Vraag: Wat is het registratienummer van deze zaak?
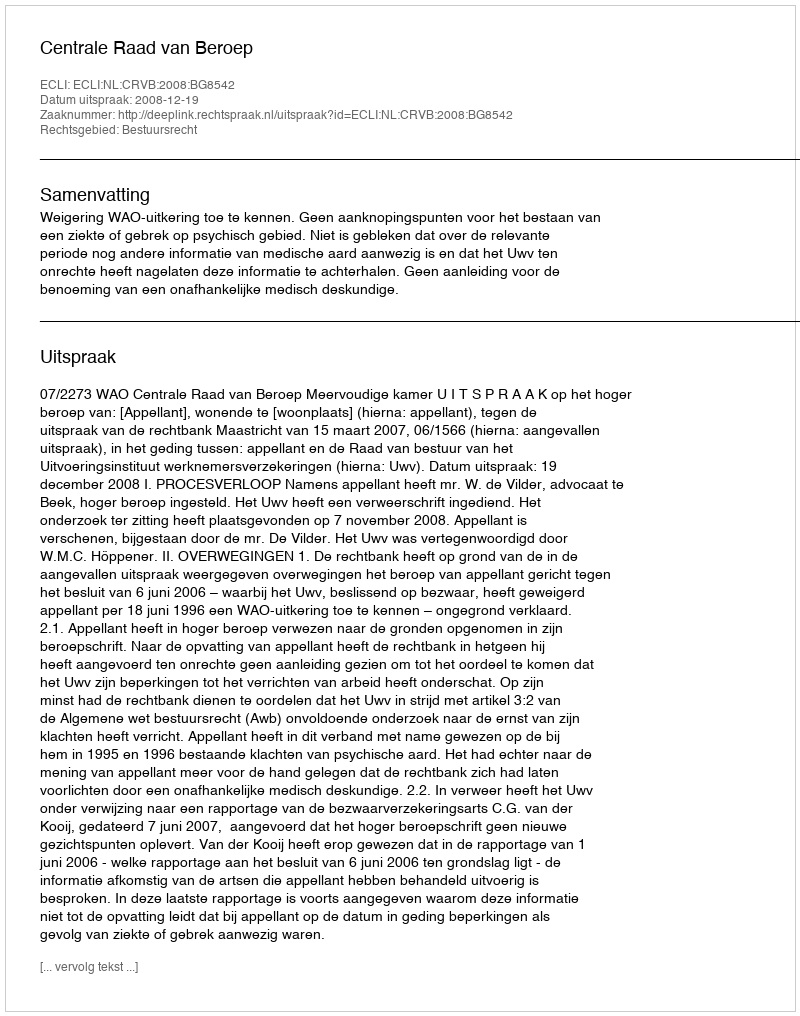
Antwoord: http://deeplink.rechtspraak.nl/uitspraak?id=ECLI:NL:CRVB:2008:BG8542